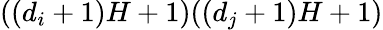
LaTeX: ((d_{i}+1)H+1)((d_{j}+1)H+1)